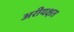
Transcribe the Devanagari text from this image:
अरीयक्षत